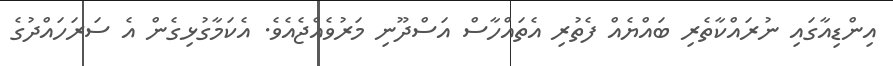
އިންޑިއާގައި ނުރައްކާތެރި ބައްޔެއް ފެތުރި އެތައްހާސް އަސްދޫނި މަރުވެއްޖެއެވެ. އެކަމާގުޅިގެން އެ ސަރަހައްދުގެ